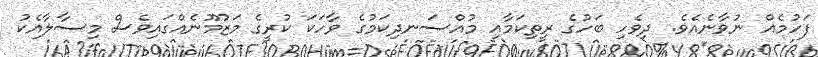
ފަހުމެއް ނުވާނެއެވެ. ދިވެހި ބަހުގެ ރީތިކަމާއި މުއްސަނދިކަމުގެ ވާހަކަ ކުރީގެ މަޒުމޫނެއްގައިވެސް މިސާލާއެކު